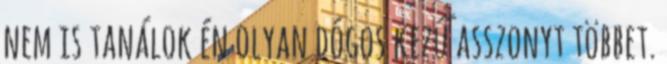
nem is tanálok én olyan dógos kezű asszonyt többet.